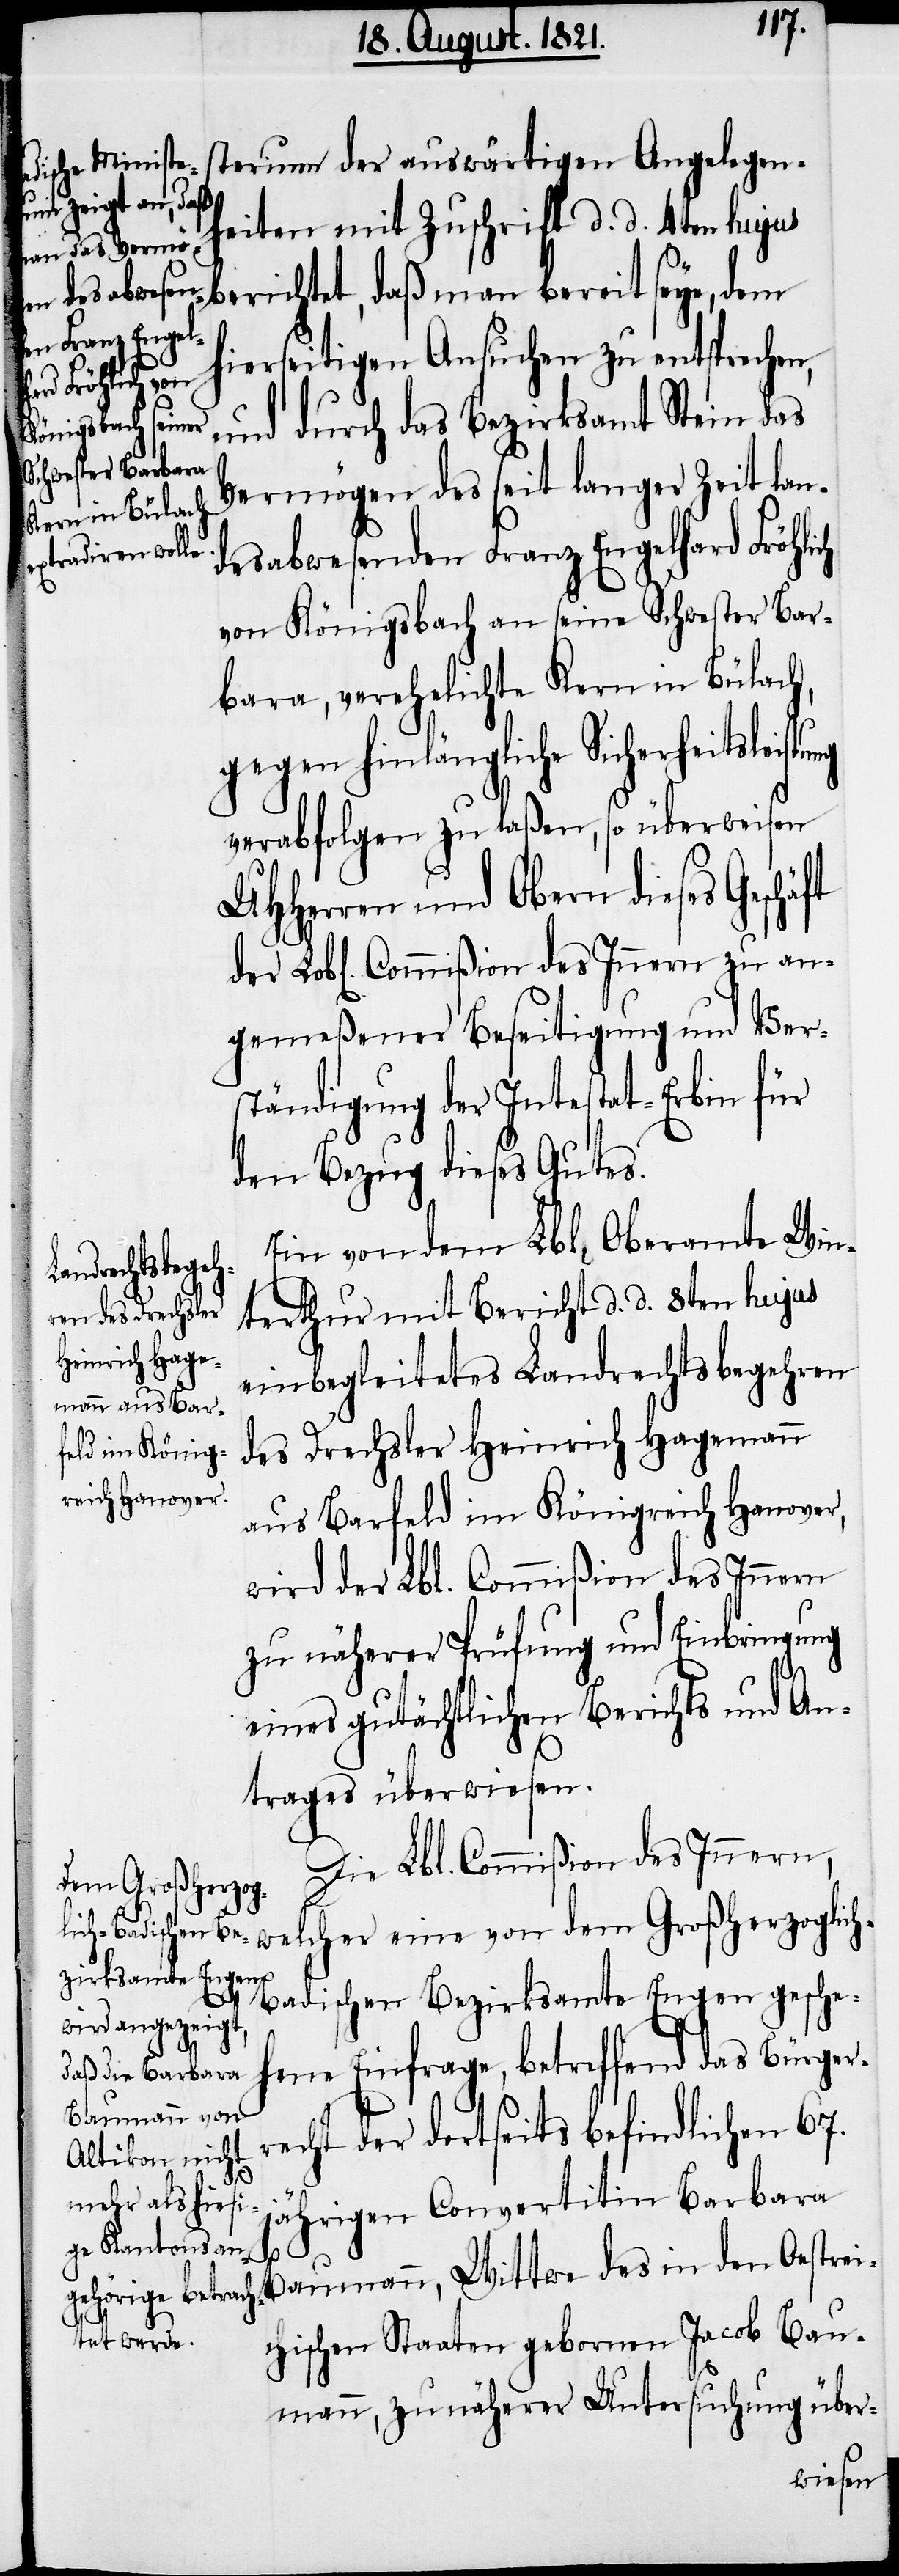
sterium der auswärtigen Angelegen¬
Innern zu an¬
heiten mit Zuschrift d. d. 4ten hujus
berichtet, daß man bereit seye, dem
hierseitigen Ansuchen zu entsprechen,
von
eine
und durch das Bezirksamt Stein das
Vermögen des seit langer Zeit lan¬
desabwesenden Franz Engelhard Fröhli¬
von Königsbach an seine Schwester Bar¬
bara, verehelichte Kern in Bülach,
gegen hinlängliche Sicherheitsleist¬
verabfolgen zu laßen, so überweisen
UHHerren und Obern dieses Geschä¬
gemeßener Beseitigung und Ver¬
ständigung der Intestat-Erbin für
den Bezug dieses Gutes.
Ein von dem Lbl. Oberamte Win¬
glich-B¬
terthur mit Bericht d. d. 8ten hujus
einbegleitetes Landrechtsbegehren
des Drechsler Heinrich Hagemann
aus Barfeld im Königreich Hanover,
wird der Lbl. Commißion des Innern
zu näherer Prüfung und Einbringung
eines gutächtlichen Berichts und An¬
trages überwiesen.
Die Lbl. Commißion des Innern,
dem Großherzo¬
adischen Bezirksamte Engen gesche¬
hene Einfrage, betreffend das Bürger¬
recht der dortseits befindlichen 67.
jährigen Convertitin Barbara
der
Baumann, Wittwe des in den Oestrei¬
chischen Staaten geborenen Jacob Bau¬
mann, zu näherer Untersuchung über-